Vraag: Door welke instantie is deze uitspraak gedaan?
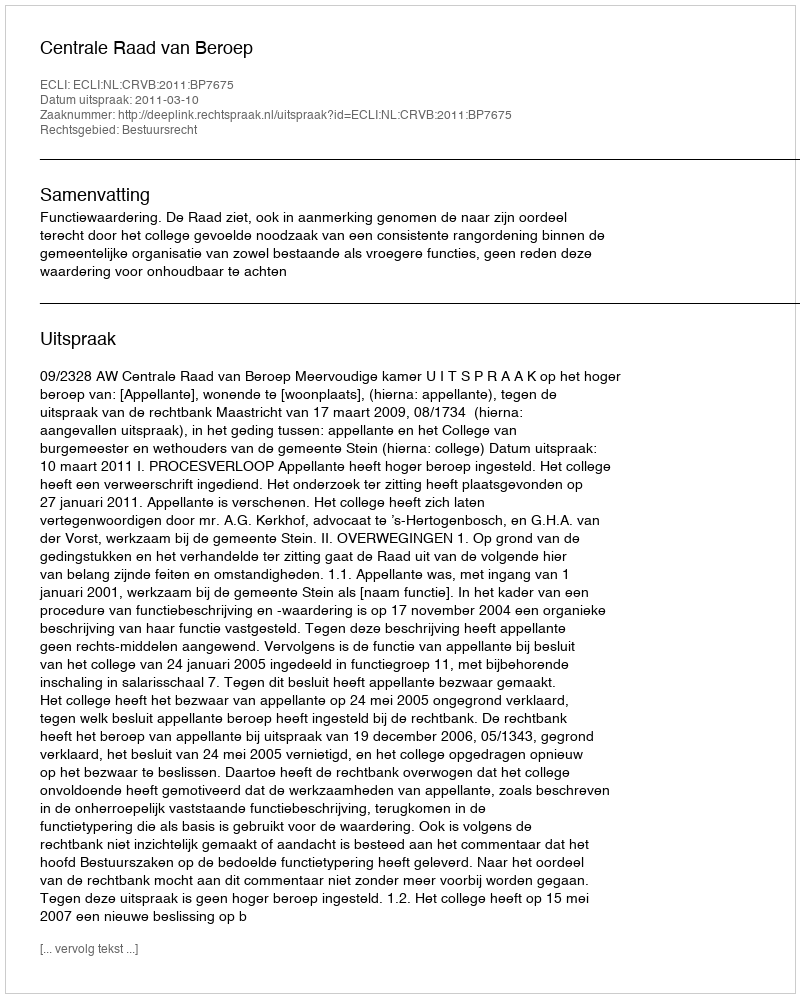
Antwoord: Centrale Raad van Beroep